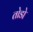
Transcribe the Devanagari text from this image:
तोडो़